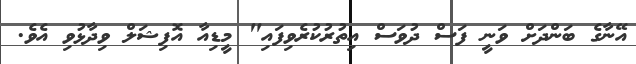
އޭނާގެ ބަންދަށް ވަނީ ފަސް ދުވަސް އިތުރުކުރެވިފައި" މީޑިއާ އޮފިޝަލް ވިދާޅުވި އެވެ.